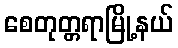
စေတုတ္တရာမြို့နယ်